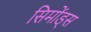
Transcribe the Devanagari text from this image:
सिमोंड्स